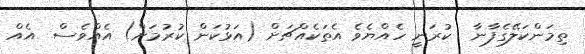
ތިމަންކަލޭގެފާނާ  ކުރަނީ ހެއްޔެވެ އެތަކެއްޗަށް (އަޅުކަން ކުރުމަށް) އެއްވެސް  އެއް